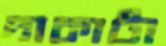
দাকাটা